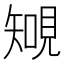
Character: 𧡐